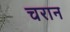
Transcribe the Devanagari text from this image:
चरान